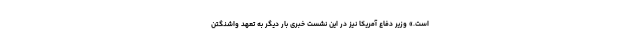
است.» وزیر دفاع آمریکا نیز در این نشست خبری بار دیگر به تعهد واشنگتن